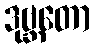
ဒုဗ္ဘတော